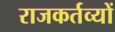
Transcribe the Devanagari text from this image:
राजकर्तव्यों